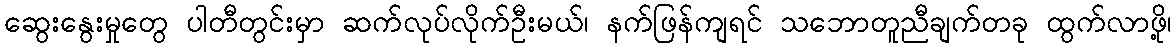
ဆွေးနွေးမှုတွေ ပါတီတွင်းမှာ ဆက်လုပ်လိုက်ဦးမယ်၊ နက်ဖြန်ကျရင် သဘောတူညီချက်တခု ထွက်လာဖို့၊